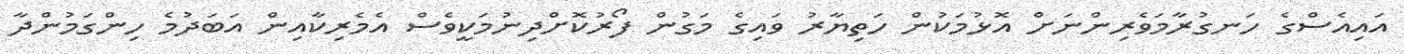
އައިއެސްގެ ހަނގުރާމަވެރިންނަށް އޮޅުމަކުން ހަތިޔާރު ވައިގެ މަގުން ފޯރުކޮށްދިނުމަކީވެސް އެމެރިކާއިން އަބަދުމެ ހިންގަމުންދާ